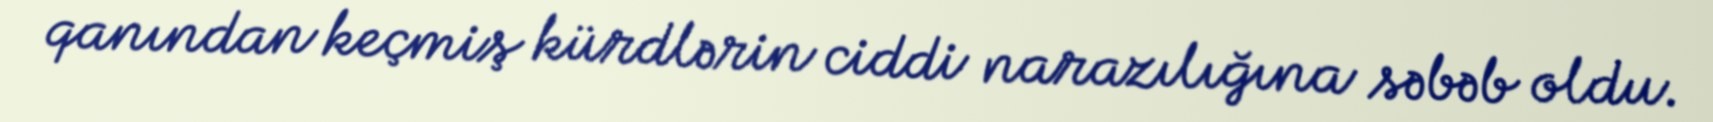
qanından keçmiş kürdlərin ciddi narazılığına səbəb oldu.